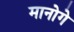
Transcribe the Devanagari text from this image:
मानोगे